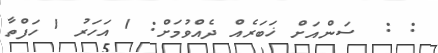
: :  ސަންއަށް ޚަބަރެއް ދެއްވުމަށް: 1 އަހަރު 1 ހަފްތާ